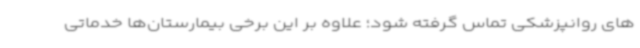
های روانپزشکی تماس گرفته شود؛ علاوه بر این برخی بیمارستان‌ها خدماتی